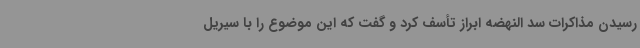
رسیدن مذاکرات سد النهضه ابراز تأسف کرد و گفت که این موضوع را با سیریل